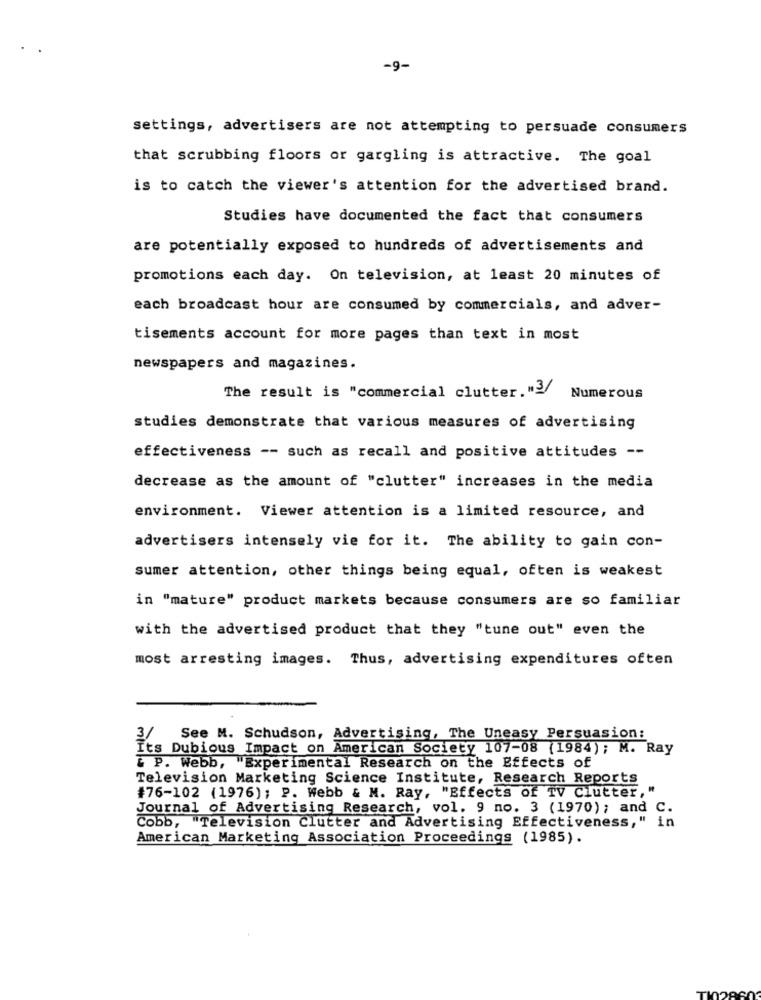
-9-
settings, advertisers are not attempting to persuade consumers
that scrubbing floors or gargling is attractive. The goal
is to catch the viewer's attention for the advertised brand.
Studies have documented the fact that consumers
are potentially exposed to hundreds of advertisements and
promotions each day. On television, at least 20 minutes of
each broadcast hour are consumed by commercials, and adver-
tisements account for more pages than text in most
newspapers and magazines.
The result is "commercial clutter. "3/
Numerous
studies demonstrate that various measures of advertising
effectiveness -- such as recall and positive attitudes --
decrease as the amount of "clutter" increases in the media
environment. Viewer attention is a limited resource, and
advertisers intensely vie for it. The ability to gain con-
sumer attention, other things being equal, often is weakest
in "mature" product markets because consumers are so familiar
with the advertised product that they "tune out" even the
most arresting images. Thus, advertising expenditures often
3/
See M. Schudson, Advertising, The Uneasy Persuasion:
Its Dubious Impact on American Society 107-08 (1984); M. Ray
& P. Webb, "Experimental Research on the Effects of
Television Marketing Science Institute, Research Reports
#76-102 (1976); P. Webb & M. Ray, "Effects of TV Clutter,
Journal of Advertising Research, vol. 9 no. 3 (1970); and C.
in
Cobb, "Television Clutter and Advertising Effectiveness, "
American Marketing Association Proceedings (1985).